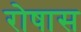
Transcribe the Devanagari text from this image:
रोषास